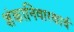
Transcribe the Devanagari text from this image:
शंकानिवारणार्थ